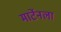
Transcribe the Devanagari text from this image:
मार्टेनला